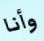
وأنا